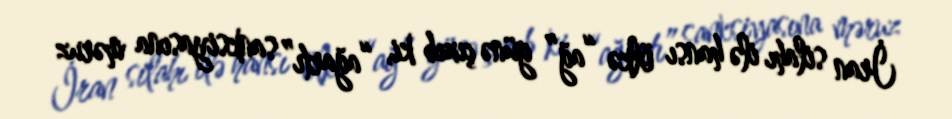
İran silahı ilə hansı ölkə “ağ” günə çıxıb ki, “ağartı” sanksiyasına məruz